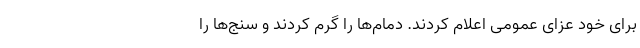
برای خود عزای عمومی اعلام کردند. دمام‌ها را گرم کردند و سنج‌ها را